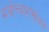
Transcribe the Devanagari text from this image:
मंत्रोच्चारांसोबत